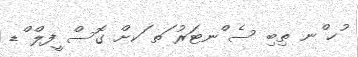
ުހ ްނ ތިބި ސެ ްނޓަރު ަތ ަކށް ގޮސް ީފލް ްޑ